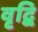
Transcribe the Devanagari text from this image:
वृद्बि